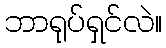
ဘာရုပ်ရှင်လဲ။